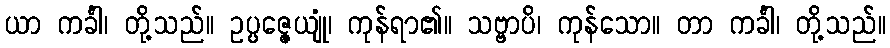
ယာ ကင်္ခါ၊ တို့သည်။ ဥပ္ပဇ္ဇေယျုံ၊ ကုန်ရာ၏။ သဗ္ဗာပိ၊ ကုန်သော။ တာ ကင်္ခါ၊ တို့သည်။